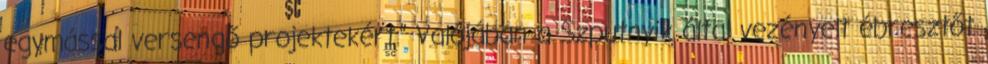
egymással versengő projektekért.” Valójában a Szputnyik által vezényelt ébresztőt